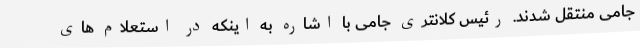
جامی منتقل شدند. رئیس کلانتری جامی با اشاره به اینکه در استعلام های